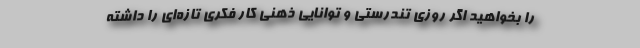
را بخواهید اگر روزی تندرستی و توانایی ذهنی کار فکری تازه‌ای را داشته